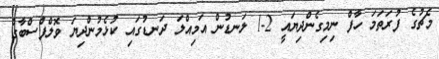
މެޗުގެ ފުރަތަމަ ހާފް ނިމިގެންދިޔައީ 2-1 ލަނޑުން އަމިއްލަ ދަނޑުގައި ކުޅެމުންދިޔަ ވޮލްފްސްބާގް